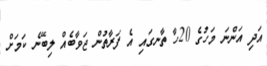
އަދި އަންނަ މަހުގެ 20ހާ ތާނގައި އެ ފަރާތުން ޖަވާބެއް ލިބޭނެ ކަމަށް